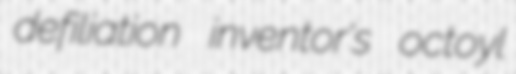
defiliation inventor's octoyl